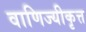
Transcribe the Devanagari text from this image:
वाणिज्यीकृत्त